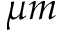
\mu m